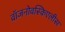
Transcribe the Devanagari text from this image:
वॉजनोवस्किएलीस